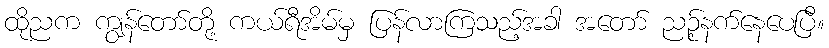
ထိုညက ကျွန်တော်တို့ ကယ်ရီအိမ်မှ ပြန်လာကြသည့်အခါ အတော် ညဉ့်နက်နေပေပြီ။